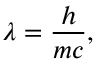
\lambda = { \frac { h } { m c } } ,